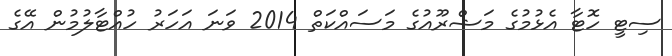
ސިޓީ ހޮޓާ އެޅުމުގެ މަޝްރޫއުގެ މަސައްކަތް 2014 ވަނަ އަހަރު ހުއްޓާލުމުން އޭގެ